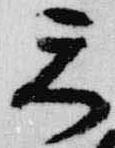
天